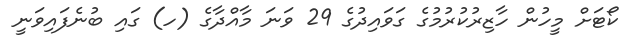
ކޯޓަށް މީހުން ހާޒިރުކުރުމުގެ ގަވައިދުގެ 29 ވަނަ މާއްދާގެ (ހ) ގައި ބުނެފައިވަނީ